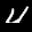
Label: 4